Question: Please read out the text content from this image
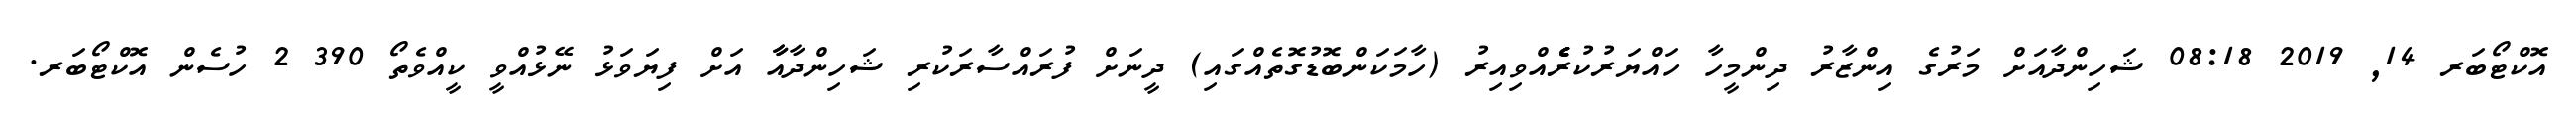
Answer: އޮކްޓޯބަރ 14, 2019 08:18 ޝަހިންދާއަށް މަރުގެ އިންޒާރު ދިންމީހާ ހައްޔަރުކުރެެެެެއްވިއިރު (ހާމަކަންބޮޑުގޮތެއްގައި) ދީނަށް ފުރައްސާރަކުރި ޝަހިންދާއާާ އަށް ފިޔަވަޅު ނޭޅުއްވީ ކީއްވެތޯ 390 2 ހުސެން އޮކްޓޯބަރ.